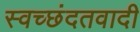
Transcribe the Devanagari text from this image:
स्वच्छंदतवादी